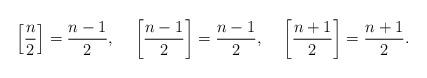
LaTeX: \begin{align*}\left[\frac{n}{2}\right]=\frac{n-1}{2}, ~~~ \left[\frac{n-1}{2}\right]=\frac{n-1}{2}, ~~~ \left[\frac{n+1}{2}\right]=\frac{n+1}{2}.\end{align*}